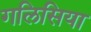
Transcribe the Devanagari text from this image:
गलिसिया